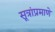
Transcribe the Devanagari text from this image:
सूत्रांप्रमाणे